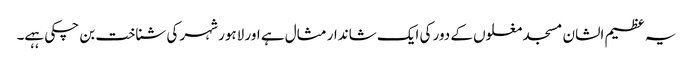
یہ عظیم الشان مسجد مغلوں کے دور کی ایک شاندار مثال ہے اور لاہور شہر کی شناخت بن چکی ہہے۔